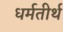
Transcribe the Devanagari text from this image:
धर्मतीर्थ